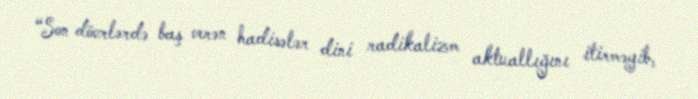
“Son dövrlərdə baş verən hadisələr dini radikalizm aktuallığını itirməyib,